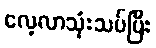
လေ့လာသုံးသပ်ပြီး